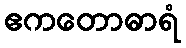
ဧကတောဓာရံ